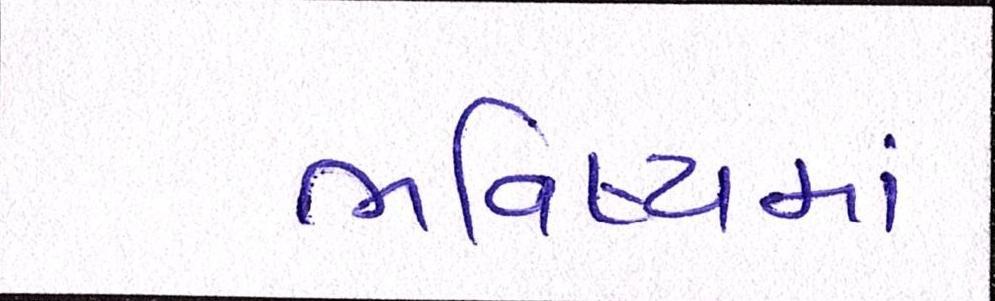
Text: ભવિષ્યમાં